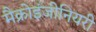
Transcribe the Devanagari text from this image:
मैक्रोइंजीनियरी